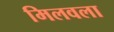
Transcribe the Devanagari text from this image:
मिलवला